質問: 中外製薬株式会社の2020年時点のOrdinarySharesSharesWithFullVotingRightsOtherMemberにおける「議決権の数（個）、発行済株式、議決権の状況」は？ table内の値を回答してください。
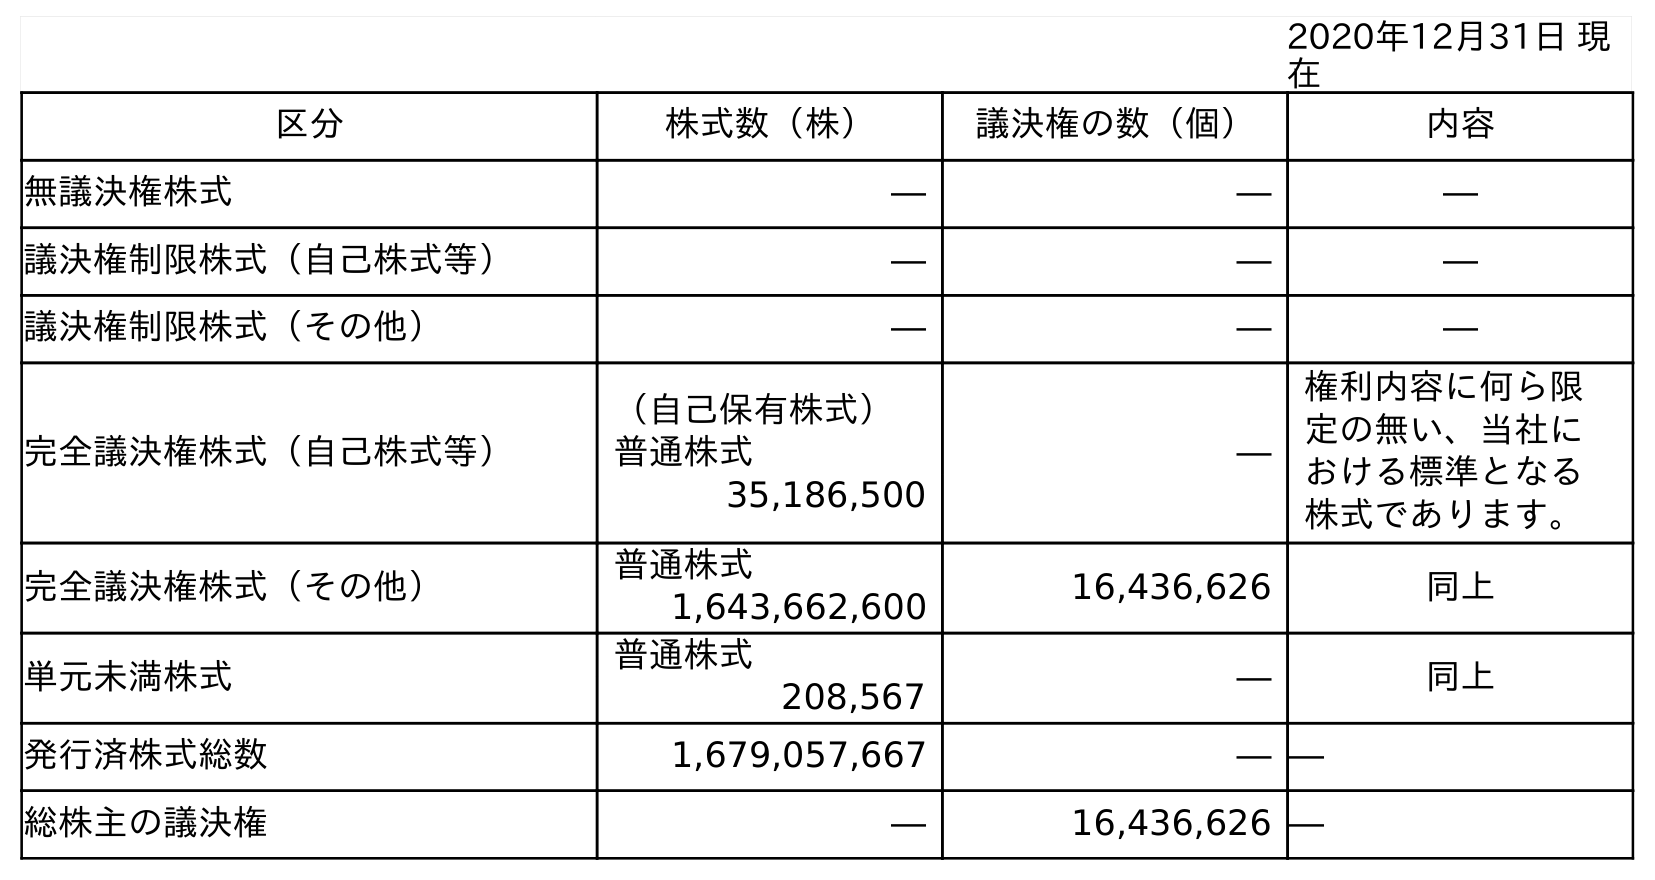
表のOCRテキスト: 2020年12月31日 現 在 区分 株式数（株） 議決権の数（個） 内容 無議決権株式 ― ― ― 議決権制限株式（自己株式等） ― ― ― 議決権制限株式（その他） ― ― ― 完全議決権株式（自己株式等） （自己保有株式） 普通株式 ― 権利内容に何ら限 定の無い、当社に おける標準となる 株式であります。 35,186,500 完全議決権株式（その他） 普通株式 16,436,626 同上 1,643,662,600 単元未満株式 普通株式 ― 同上 208,567 発行済株式総数 1,679,057,667 ― ― 総株主の議決権 ― 16,436,626 ―
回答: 16,436,626